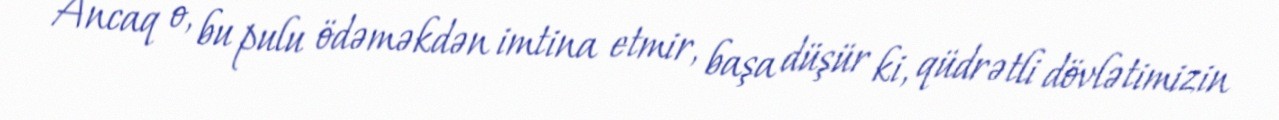
Ancaq o, bu pulu ödəməkdən imtina etmir, başa düşür ki, qüdrətli dövlətimizin